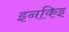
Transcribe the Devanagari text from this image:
इनकिइ